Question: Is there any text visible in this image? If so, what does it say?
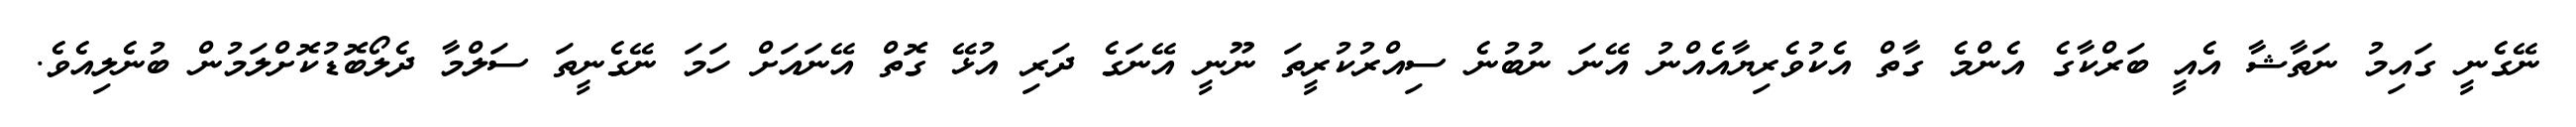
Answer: ނޭގެނީ ގައިމު ނަތާޝާ އެއީ ބަރްކާގެ އެންމެ ގާތް އެކުވެރިޔާއެއްނު އޭނަ ނުބުނެ ސިއްރުކުރީތަ ނޫނީ އޭނަގެ ދަރި އުޅޭ ގޮތް އޭނައަށް ހަމަ ނޭގެނީތަ ސަލްމާ ދެލޯބޮޑުކޮށްލަމުން ބުނެލިއެވެ.